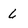
Character: 6